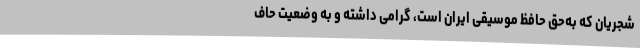
شجریان که به‌حق حافظ موسیقی ایران است، گرامی داشته و به وضعیت حاف